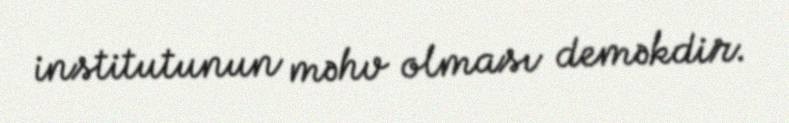
institutunun məhv olması deməkdir.